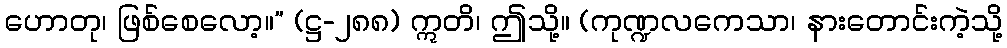
ဟောတု၊ ဖြစ်စေလော့။” (ဋ္ဌ-၂၈၈) ဣတိ၊ ဤသို့။ (ကုဏ္ဍလကေသာ၊ နားတောင်းကဲ့သို့